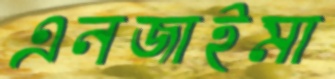
এনজাইমা